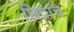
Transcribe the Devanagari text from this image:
छिद्रांचे